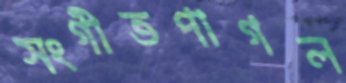
সংগীতপাগল